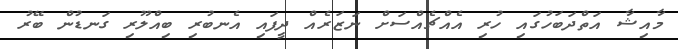
މާއިޝާ އަތްދަބަހުގައި ހުރި އެއްޗެއްސަށް ނަޒަރެއް ދީފައި އެނބުރި ބިއްލޫރި ގަނޑުން ބޭރު